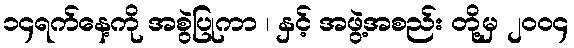
၁၄ရက်နေ့ကို အစွဲပြုကာ ၊ နှင့် အဖွဲ့အစည်း တို့မှ ၂၀၀၄